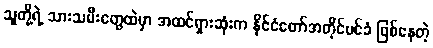
သူတို့ရဲ့ သားသမီးတွေထဲမှာ အထင်ရှားဆုံးက နိုင်ငံတော်အတိုင်ပင်ခံ ဖြစ်နေတဲ့